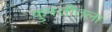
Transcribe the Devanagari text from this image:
कुस्तीतला